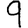
Digit: 9